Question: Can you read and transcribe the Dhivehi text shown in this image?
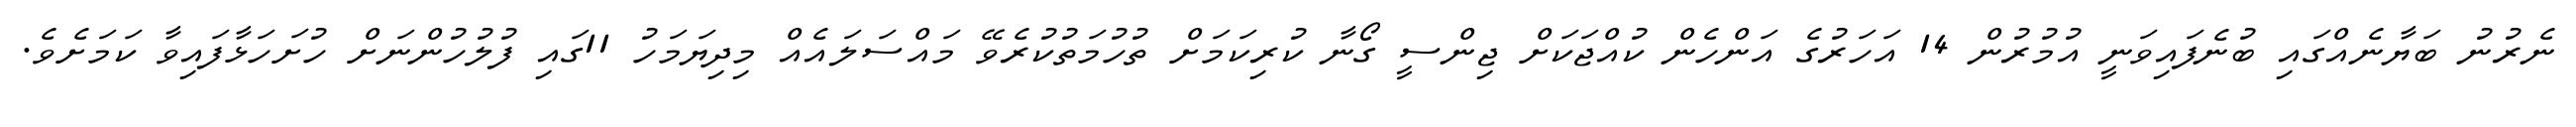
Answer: ނެރުނު ބަޔާނެއްގައި ބުނެފައިވަނީ އުމުރުން 14 އަހަރުގެ އަންހެން ކުއްޖަކަށް ޖިންސީ ގޯނާ ކުރިކަމަށް ތުހުމަތުކުރެވޭ މައްސަލައެއް މިދިޔަމަހު 11ގައި ފުލުހުންނަށް ހުށަހަޅާފައިވާ ކަމަށެވެ.